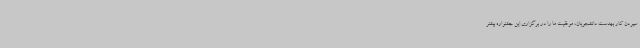
سپردن کار بهدست دانشجویان، موفقیت ما را در برگزاری این جشنواره بیشتر